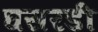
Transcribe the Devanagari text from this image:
घसरडी